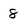
Character: 8